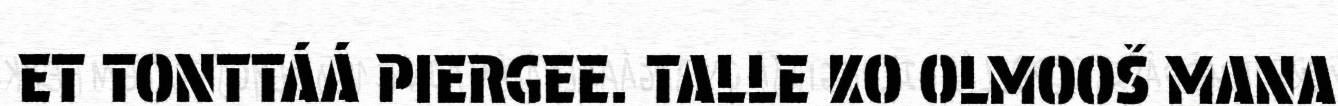
ET TONTTÁÁ PIERGEE. TALLE KO OLMOOŠ MANA